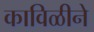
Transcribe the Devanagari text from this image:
काविळीने